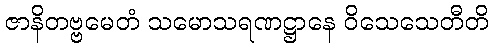
ဇာနိတဗ္ဗမေတံ သမောသရဏဋ္ဌာနေ ဝိသေသေတီတိ